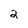
Character: 2